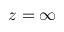
z = \infty